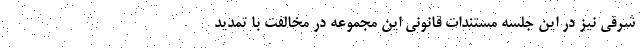
شرقی نیز در این جلسه مستندات قانونی این مجموعه در مخالفت با تمدید